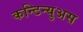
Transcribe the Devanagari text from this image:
कन्टिन्युअस